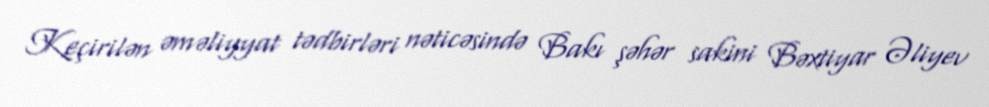
Keçirilən əməliyyat tədbirləri nəticəsində Bakı şəhər sakini Bəxtiyar Əliyev